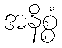
အနိစ္စံ